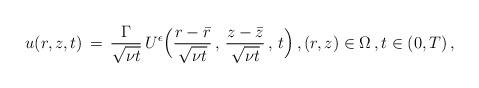
LaTeX: \begin{align*} u(r,z,t) \,=\, \frac{\Gamma}{\sqrt{\nu t}}\,U^\epsilon\Bigl(\frac{r-\bar r} {\sqrt{\nu t}}\,,\,\frac{z-\bar z}{\sqrt{\nu t}}\,,\,t\Bigr)\,, (r,z) \in \Omega\,,t \in (0,T)\,,\end{align*}